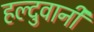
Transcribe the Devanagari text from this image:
हल्दुवानी